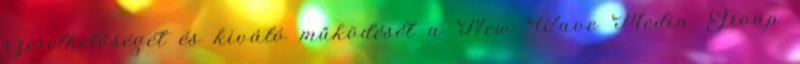
szerethetőségét és kiváló működését a New Wave Media Group